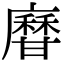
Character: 𤯎